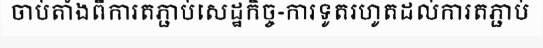
ចាប់តាំងពីការតភ្ជាប់សេដ្ឋកិច្ច-ការទូតរហូតដល់ការតភ្ជាប់